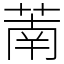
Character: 萳